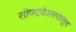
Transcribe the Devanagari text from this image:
सॉफ्टवेअरपासून